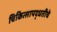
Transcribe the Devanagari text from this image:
चिकित्सापद्धतीचे